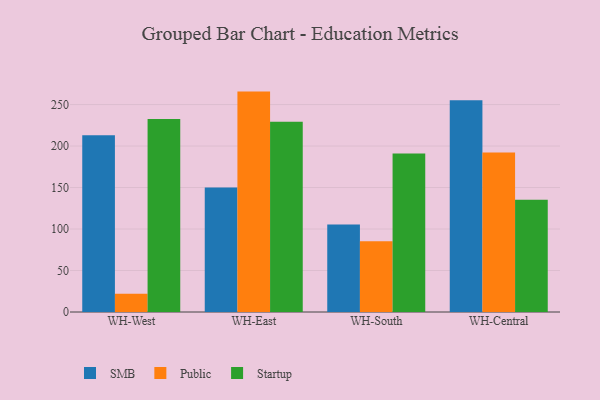
{"axis": {"x": "Warehouse", "y": "Bounce Rate (%)"}, "legend": ["Public", "SMB", "Startup"], "data": [{"x": "WH-West", "y": 213.0, "type": "SMB"}, {"x": "WH-West", "y": 22.1, "type": "Public"}, {"x": "WH-West", "y": 232.6, "type": "Startup"}, {"x": "WH-East", "y": 150.1, "type": "SMB"}, {"x": "WH-East", "y": 265.6, "type": "Public"}, {"x": "WH-East", "y": 229.3, "type": "Startup"}, {"x": "WH-South", "y": 105.5, "type": "SMB"}, {"x": "WH-South", "y": 85.4, "type": "Public"}, {"x": "WH-South", "y": 191.0, "type": "Startup"}, {"x": "WH-Central", "y": 255.1, "type": "SMB"}, {"x": "WH-Central", "y": 192.1, "type": "Public"}, {"x": "WH-Central", "y": 135.4, "type": "Startup"}]}